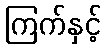
ကြက်နှင့်